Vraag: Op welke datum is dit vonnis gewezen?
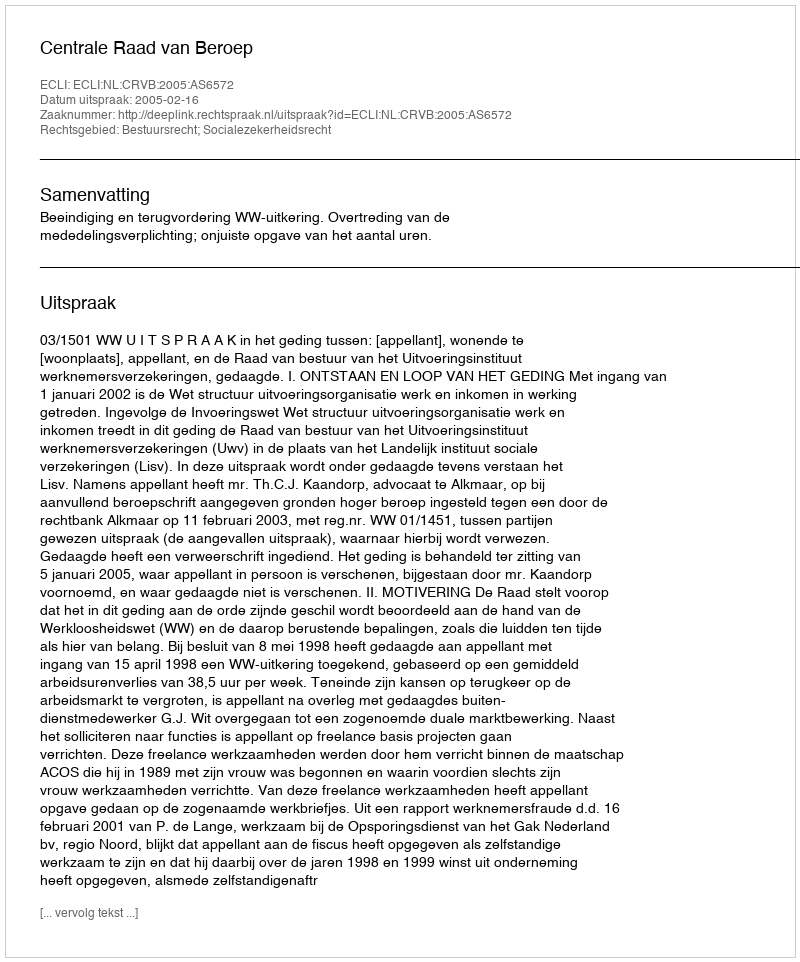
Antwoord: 2005-02-16